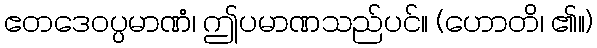
ဧတဒေဝပ္ပမာဏံ၊ ဤပမာဏသည်ပင်။ (ဟောတိ၊ ၏။)